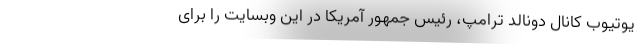
یوتیوب کانال دونالد ترامپ، رئیس جمهور آمریکا در این وبسایت را برای